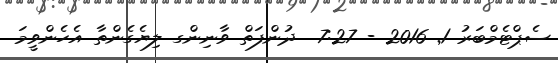
ސެޕްޓެމްބަރު 1